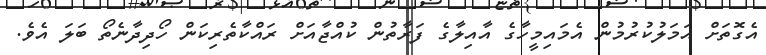
އެގޮތަށް އަމަލުކުރުމުން އެމައިމީހާގެ އާއިލާގެ ފަރާތުން ކުއްޖާއަށް ރައްކާތެރިކަން ހޯދިދާނެތޯ ބަލަ އެވެ.